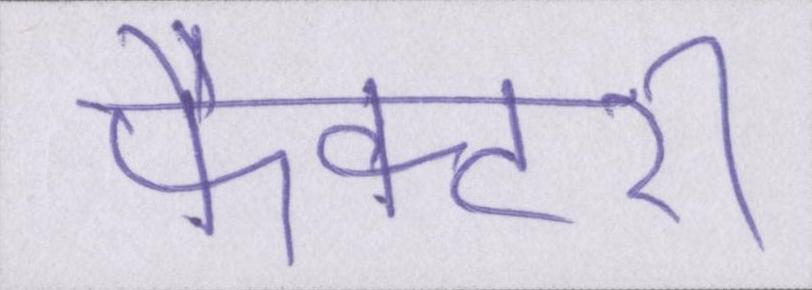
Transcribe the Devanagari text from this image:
फैक्टरी